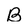
Character: B